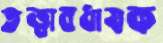
তত্ত্বাবধাযক